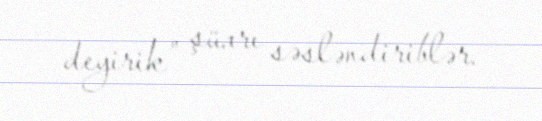
deyirik” şüarı səsləndiriblər.